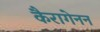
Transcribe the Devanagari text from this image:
कैरागेनन